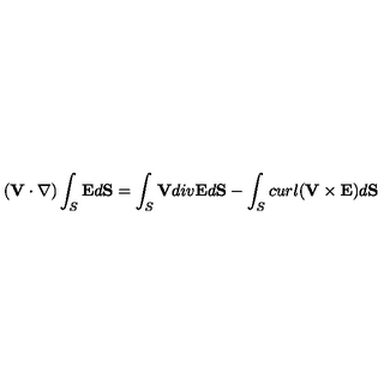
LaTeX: ( { \bf V } \cdot \nabla ) \int _ { S } { \bf E } d { \bf S } = \int _ { S } { \bf V } d i v { \bf E } d { \bf S } - \int _ { S } c u r l ( { \bf V } \times { \bf E } ) d { \bf S }